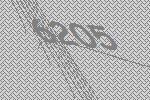
6205